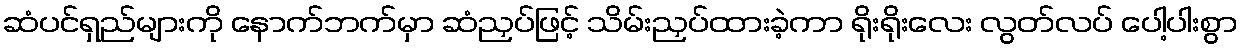
ဆံပင်ရှည်များကို နောက်ဘက်မှာ ဆံညှပ်ဖြင့် သိမ်းညှပ်ထားခဲ့ကာ ရိုးရိုးလေး လွတ်လပ် ပေါ့ပါးစွာ